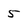
Character: 5